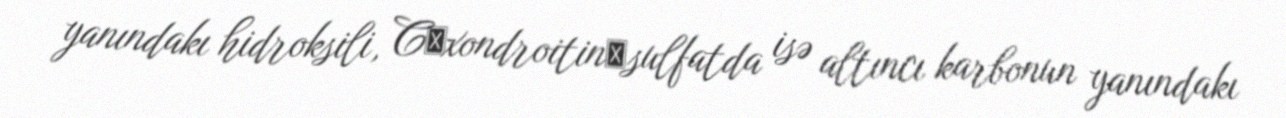
yanındakı hidroksili, C─xondroitin─sulfatda isə altıncı karbonun yanındakı